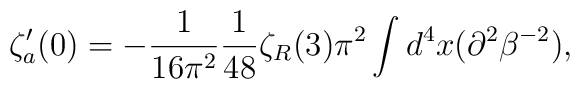
\zeta_a'(0)=-{1\over16\pi^2}{1\over48}\zeta_R(3)\pi^2\int d^4x (\partial^2\beta^{-2}),